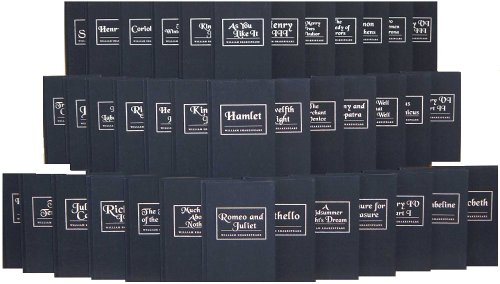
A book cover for World of Shakespeare: The Complete Plays and Sonnets of William Shakespeare (38 Volume Library); William Shakespeare; Literature & Fiction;